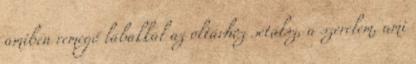
amiben remegő lábakkal az oltárhoz sétálsz, a szerelem, ami